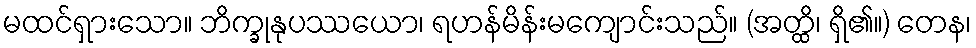
မထင်ရှားသော။ ဘိက္ခုနုပဿယော၊ ရဟန်မိန်းမကျောင်းသည်။ (အတ္ထိ၊ ရှိ၏။) တေန၊